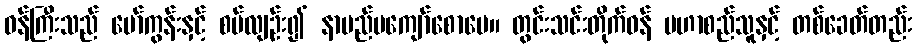
ဝန်ကြီးသည် မော်ကွန်းနှင့် စပ်လျဉ်း၍ နာမည်မကျော်စောပေ။ တွင်းသင်းတိုက်ဝန် မဟာစည်သူနှင့် တစ်ခေတ်တည်း